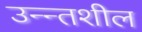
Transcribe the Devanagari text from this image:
उन्न्तशील